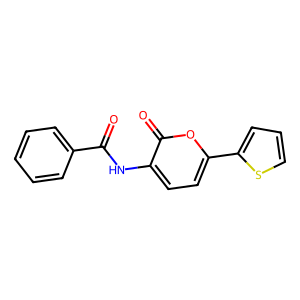
SMILES: O=C(Nc1ccc(-c2cccs2)oc1=O)c1ccccc1
Inhibits HIV replication: No